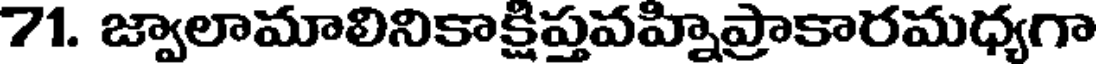
71. జ్వాలామాలినికాక్షిప్తవహ్నిప్రాకారమధ్యగా